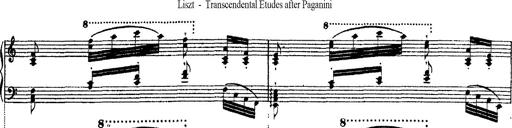
Title: Ã‰tudes d'exÃ©cution transcendante d'aprÃ¨s Paganini
Composer: Franz Liszt